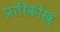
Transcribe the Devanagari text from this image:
प्रतीकोंख्‍